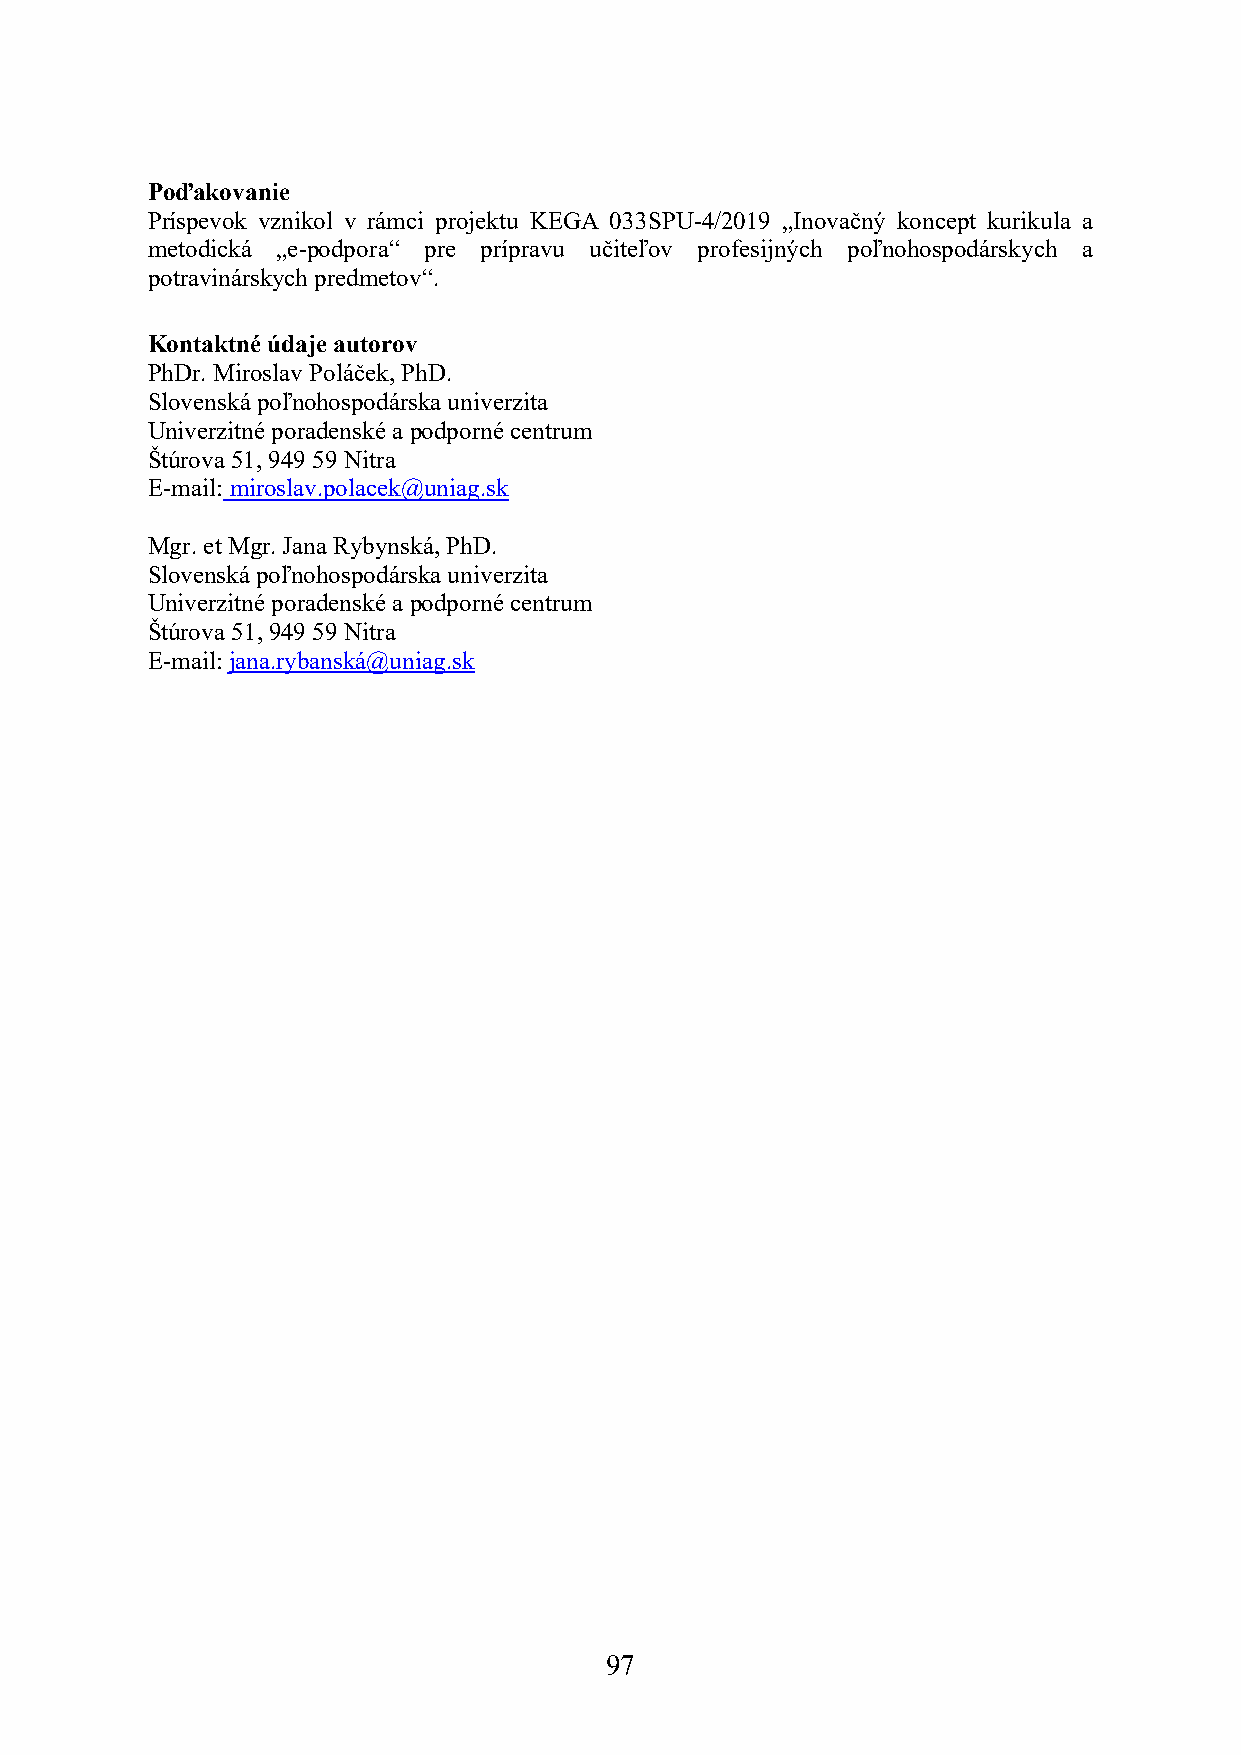
Poďakovanie
 Príspevok vznikol v rámci projektu KEGA 033SPU-4/2019 „Inovačný koncept kurikula a
 metodická „e-podpora“ pre prípravu učiteľov profesijných poľnohospodárskych a
 potravinárskych predmetov“.
 Kontaktné údaje autorov
 PhDr. Miroslav Poláček, PhD.
 Slovenská poľnohospodárska univerzita
 Univerzitné poradenské a podporné centrum
 Štúrova 51, 949 59 Nitra
 E-mail: miroslav.polacek@uniag.sk
 Mgr. et Mgr. Jana Rybynská, PhD.
 Slovenská poľnohospodárska univerzita
 Univerzitné poradenské a podporné centrum
 Štúrova 51, 949 59 Nitra
 E-mail: jana.rybanská@uniag.sk
 97